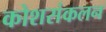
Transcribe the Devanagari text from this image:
कोशसंकलन